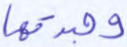
وجدتها